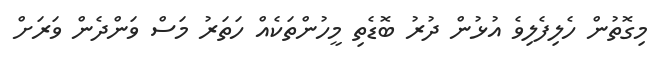
މިގޮތުން ހެލިފެލިވެ އުޅުން ދުރު ބޮޑެތި މީހުންތަކެއް ހަތަރު މަސް ވަންދެން ވަރަށް